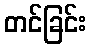
တင်ခြင်း